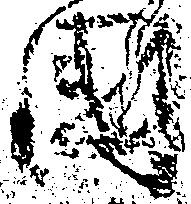
国